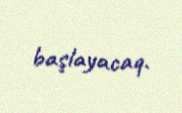
başlayacaq.